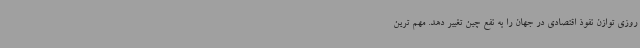
روزی توازن نفوذ اقتصادی در جهان را به نفع چین تغییر دهد. مهم ترین